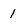
Character: 1